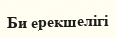
Би ерекшелігі